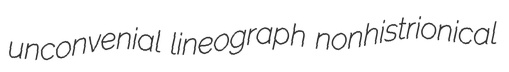
unconvenial lineograph nonhistrionical